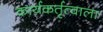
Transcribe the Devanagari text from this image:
कार्यकर्तृत्वाला